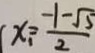
( x _ { 1 } = \frac { - 1 - \sqrt { 5 } } { 2 }